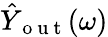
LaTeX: \hat{Y}_{\mathrm{~o~u~t~}}(\omega)